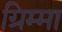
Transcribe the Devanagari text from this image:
ग्रिम्मा